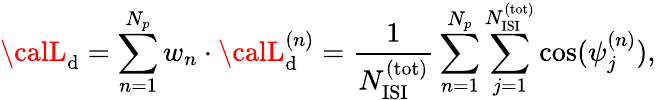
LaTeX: {\calL}_{\mathrm{d}}=\sum_{n=1}^{N_{p}}w_{n}\cdot{\calL}_{\mathrm{d}}^{(n)}={\frac{{1}}{{N_{\mathrm{{ISI}}}^{\mathrm{{(tot)}}}}}}\sum_{n=1}^{N_{p}}\sum_{j=1}^{N_{\mathrm{{ISI}}}^{\mathrm{{(tot)}}}}\cos(\psi_{j}^{(n)}),